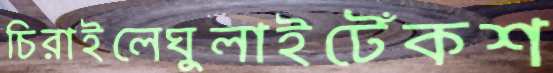
চিরাইলেঘুলাইটেঁকশ